Scottish Leaving Certificate Examination, 1951
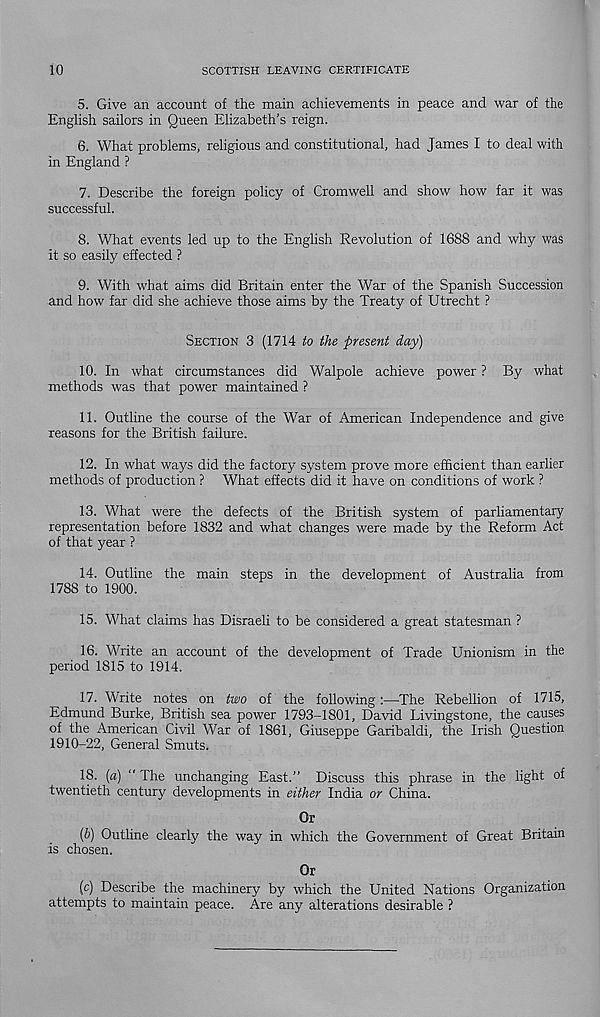
10
SCOTTISH LEAVING CERTIFICATE
5. Give an account of the main achievements in peace and war of the
English sailors in Queen Elizabeth's reign.
6. What problems, religious and constitutional, had James I to deal with
in England ?
7. Describe the foreign policy of Cromwell and show how far it was
successful.
8. What events led up to the English Revolution of 1688 and why was
it so easily effected ?
9. With what aims did Britain enter the War of the Spanish Succession
and how far did she achieve those aims by the Treaty of Utrecht ?
SECTION 3 (1714 to the present day)
10. In what circumstances did Walpole achieve power ? By what
methods was that power maintained ?
11. Outline the course of the War of American Independence and give
reasons for the British failure.
12. In what ways did the factory system prove more efficient than earlier
methods of production ? What effects did it have on conditions of work ?
13. What were the defects of the British system of parliamentary
representation before 1832 and what changes were made by the Reform Act
of that year ?
14. Outline the main steps in the development of Australia from
1788 to 1900.
15. What claims has Disraeli to be considered a great statesman ?
16. Write an account of the development of Trade Unionism in the
period 1815 to 1914.
17. Write notes on two of the following:—The Rebellion of 1715,
Edmund Burke, British sea power 1793-1801, David Livingstone, the causes
of the American Civil War of 1861, Giuseppe Garibaldi, the Irish Question
1910-22, General Smuts.
18. (a) " The unchanging East.” Discuss this phrase in the light of
twentieth century developments in either India or China.
Or
(6) Outline clearly the way in which the Government of Great Britain
is chosen.
Or
(c) Describe the machinery by which the United Nations Organization
attempts to maintain peace. Are any alterations desirable ?